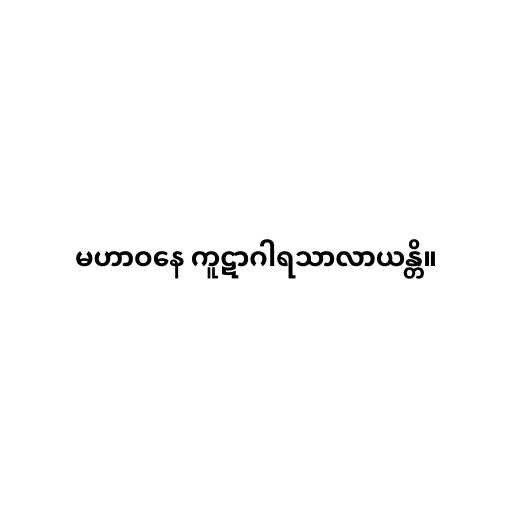
မဟာဝနေ ကူဋာဂါရသာလာယန္တိ။